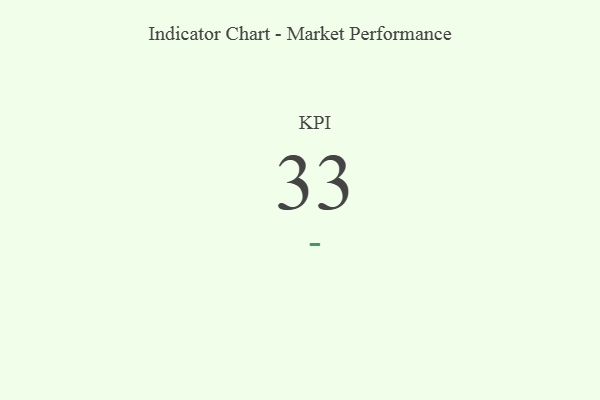
{"axis": {"x": "KPI", "y": "Value"}, "legend": [""], "data": [{"x": "KPI", "y": 33, "type": ""}]}